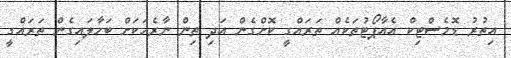
އިތުރު ޑޮމެސްޓިކް އެއާޕޯޓުތަކެއް ތަރައްގީ ކޮށްގެން އަދި ތިން ނާރެހަކަށް ބަހާލައިގެން ތަރައްގީ